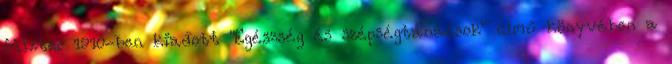
Mixter 1910-ben kiadott "Egészség és szépségtanácsok" című könyvében a